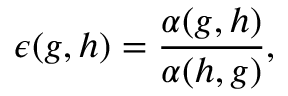
\epsilon ( g , h ) = \frac { \alpha ( g , h ) } { \alpha ( h , g ) } ,